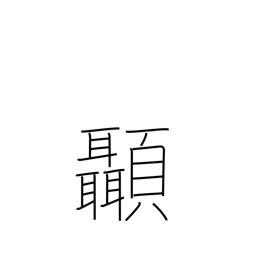
Meaning: temple (of head)